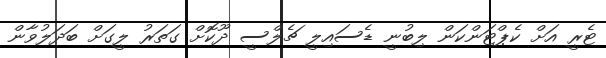
ޓެރީ އަށް ކެޕްޓަންކަން ލިބުނީ ޑެސައިލީ ޗެލްސީ ދޫކޮށް ގަތަރު ލީގަށް ބަދަލުވާން